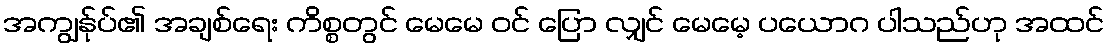
အကျွန်ုပ်၏ အချစ်ရေး ကိစ္စတွင် မေမေ ဝင် ပြော လျှင် မေမေ့ ပယောဂ ပါသည်ဟု အထင်